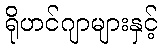
ရိုဟင်ဂျာများနှင့်